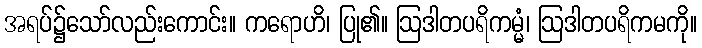
အရပ်၌သော်လည်းကောင်း။ ကရောဟိ၊ ပြု၏။ ဩဒါတပရိကမ္မံ၊ ဩဒါတပရိကမကို။